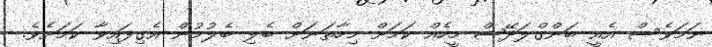
ނަމަވެސް އެއީ ބަންގްލަދޭޝް މީހެއް ކަމަށް މިހާތަނަށް ބެލި ބެލުމުން އެގިފައިވާ ކަމަށެވެ.